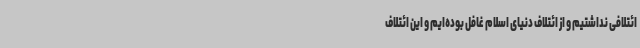
ائتلافی نداشتیم و از ائتلاف دنیای اسلام غافل بوده‌ایم و این ائتلاف